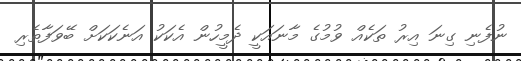
ނުފެނި ގިނަ އިރު ތަކެއް ވުމުގެ މާނައަކީ ދެމީހުން އެކަކު އަނެކަކަށް ބޭވަފާތެރި